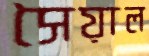
সৈয়াল